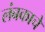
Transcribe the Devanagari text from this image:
लंबकाचे